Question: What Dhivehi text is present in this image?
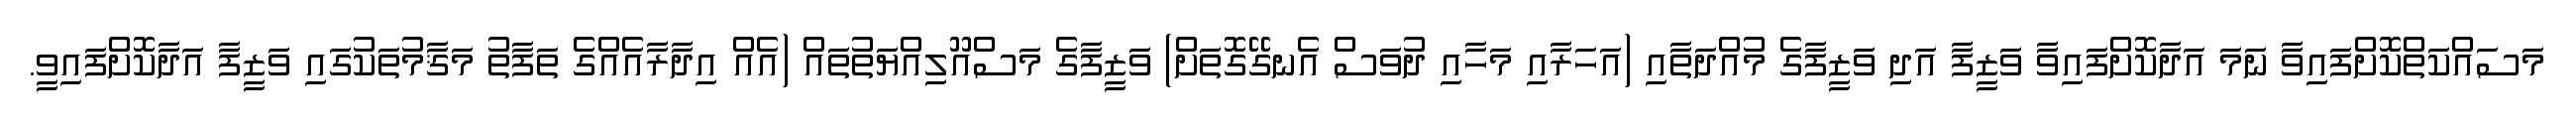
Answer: މަސައްކަތްކޮށްފައިވާ ނަމަ އަދާކޮށްފައިވާ ވަޒީފާ އަދި ވަޒީފާގެ މުއްދަތާއި (އަހަރާއި މަހާއި ދުވަސް އެނގޭގޮތަށް) ވަޒީފާގެ މަސްއޫލިއްޔަތުތައް (އެއް އިދާރާއެއްގެ ތަފާތު މަޤާމުތަކުގައި ވަޒީފާ އަދާކޮށްފައިވީ.